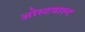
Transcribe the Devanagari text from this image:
ओस्टवाल्ट